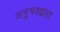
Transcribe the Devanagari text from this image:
अनुभवद्वारा